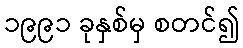
၁၉၉၁ ခုနှစ်မှ စတင်၍